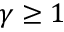
\gamma \geq 1